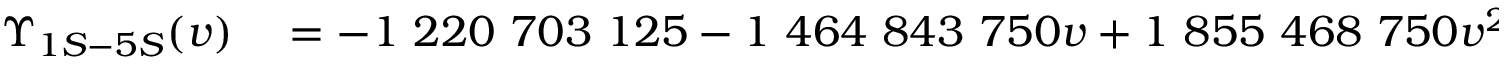
\begin{array} { r l } { \Upsilon _ { 1 S - 5 S } ( v ) } & { { } = - 1 ~ 2 2 0 ~ 7 0 3 ~ 1 2 5 - 1 ~ 4 6 4 ~ 8 4 3 ~ 7 5 0 v + 1 ~ 8 5 5 ~ 4 6 8 ~ 7 5 0 v ^ { 2 } + 2 ~ 5 1 9 ~ 5 3 1 ~ 2 5 0 v ^ { 3 } } \end{array}